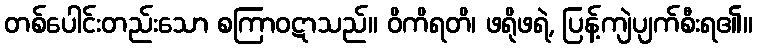
တစ်ပေါင်းတည်းသော စကြာဝဋာသည်။ ဝိကိရတိ၊ ဖရိုဖရဲ, ပြန့်ကျဲပျက်စီးရ၏။